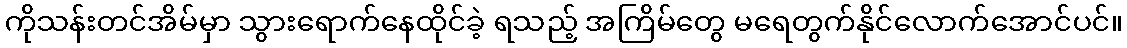
ကိုသန်းတင်အိမ်မှာ သွားရောက်နေထိုင်ခဲ့ ရသည့် အကြိမ်တွေ မရေတွက်နိုင်လောက်အောင်ပင်။